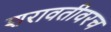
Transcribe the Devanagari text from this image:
शरावतीवरच